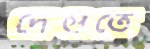
দেগুতে